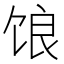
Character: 𫗨